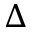
\Delta